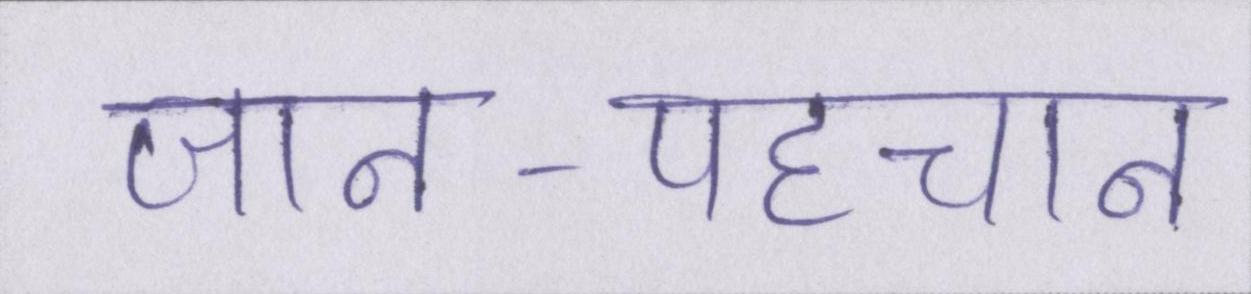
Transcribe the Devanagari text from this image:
जान-पहचान